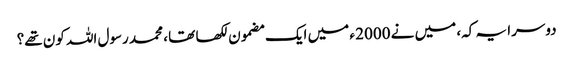
دوسرا یہ کہ، میں نے 2000 ء میں ایک مضمون لکھا تھا ، محمد رسول اللہ کون تھے؟